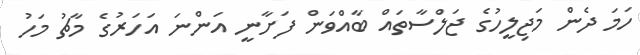
ހަމަ ދެން މަޖިލީހުގެ ޖަލްސާތައް ބާއްވަން ފަށާނީ އަންނަ އަހަރުގެ މާޗު މަހު